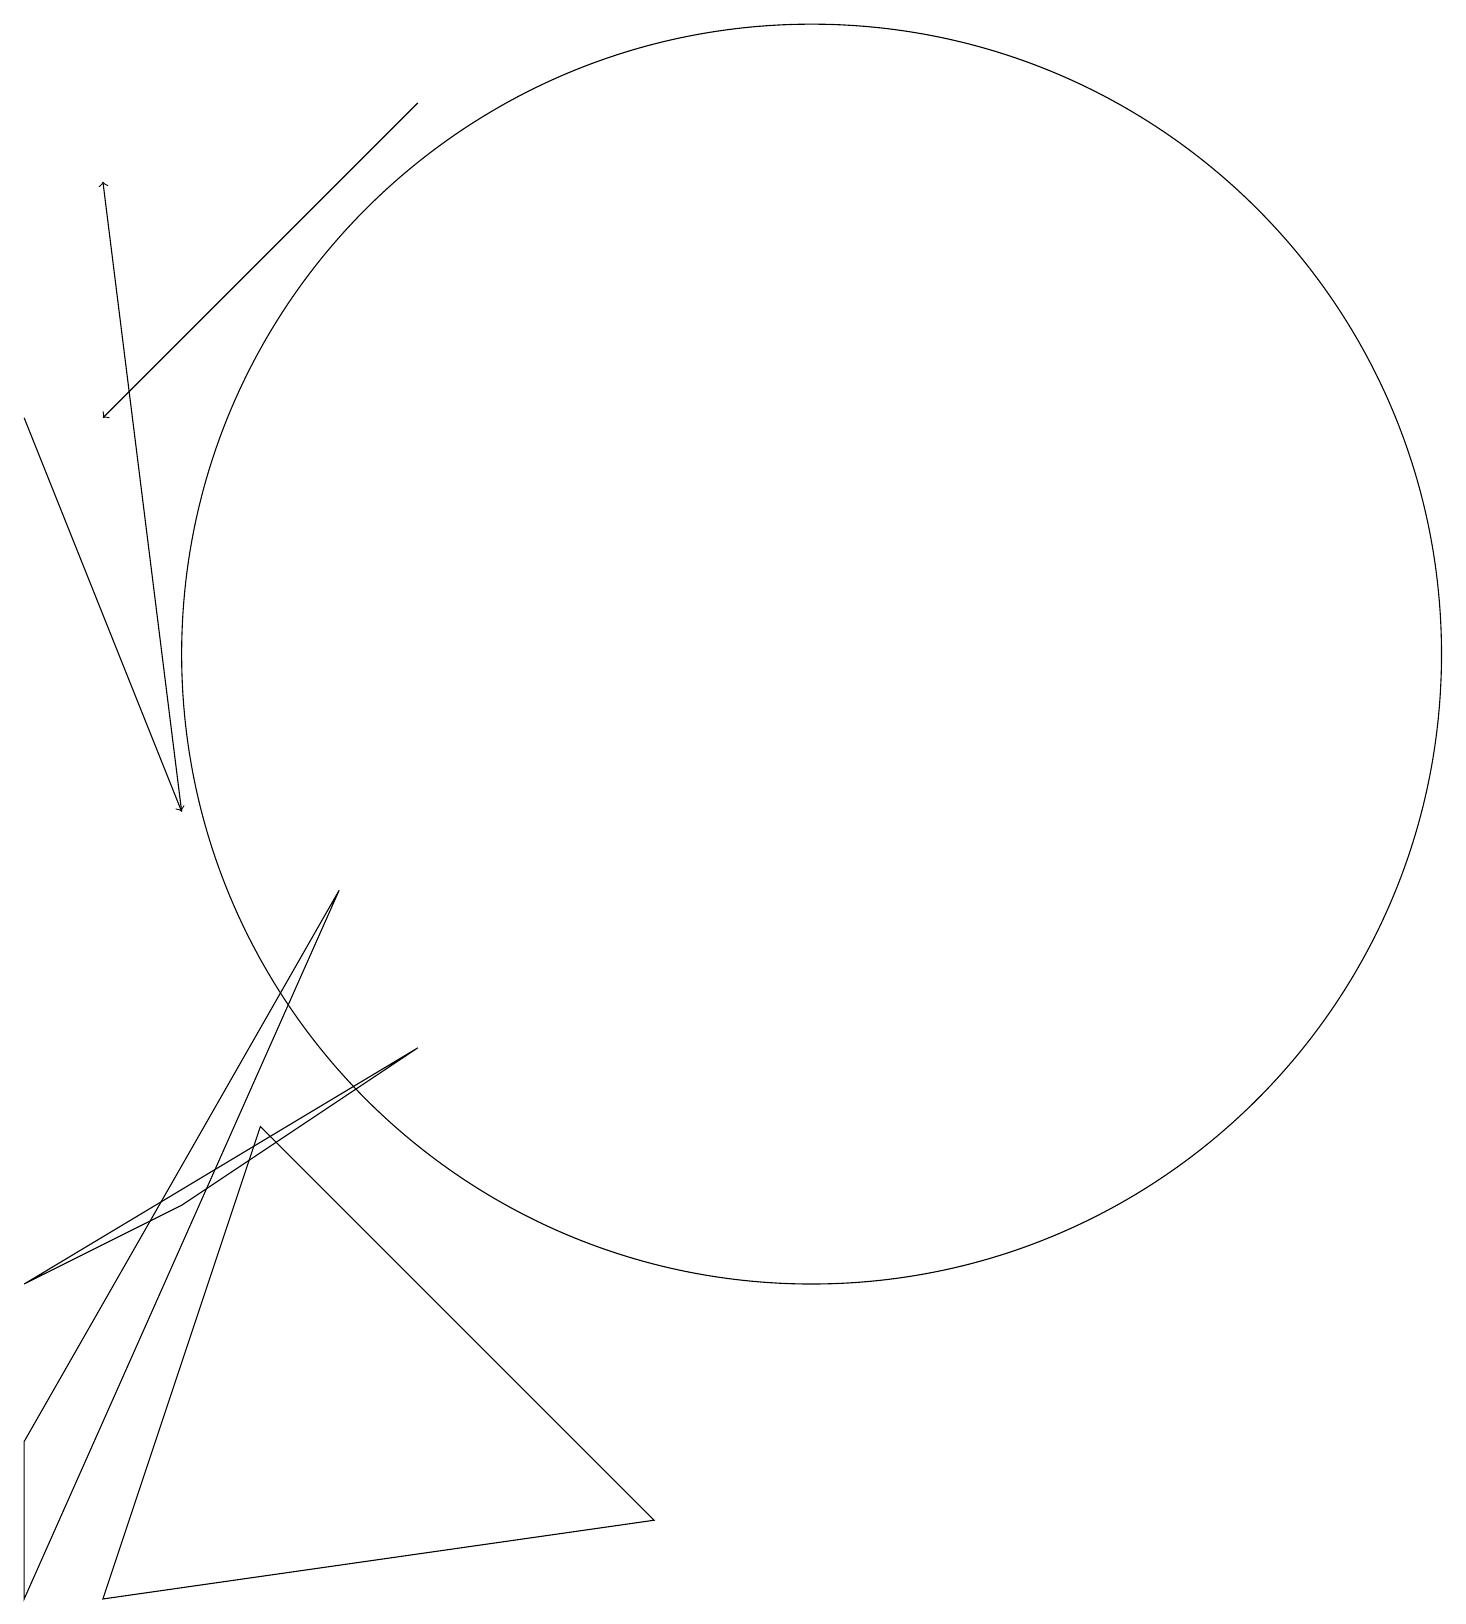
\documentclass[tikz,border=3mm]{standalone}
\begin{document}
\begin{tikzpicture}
\draw[->] (0,15) -- (2,10);
\draw (3,6) -- (1,0) -- (8,1) -- cycle;
\draw (10,12) circle (8);
\draw[->] (5,19) -- (1,15);
\draw (0,4) -- (2,5) -- (5,7) -- cycle;
\draw (0,0) -- (0,2) -- (4,9) -- cycle;
\draw[->] (2,10) -- (1,18);
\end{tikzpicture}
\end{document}